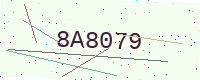
Text: 8A8079